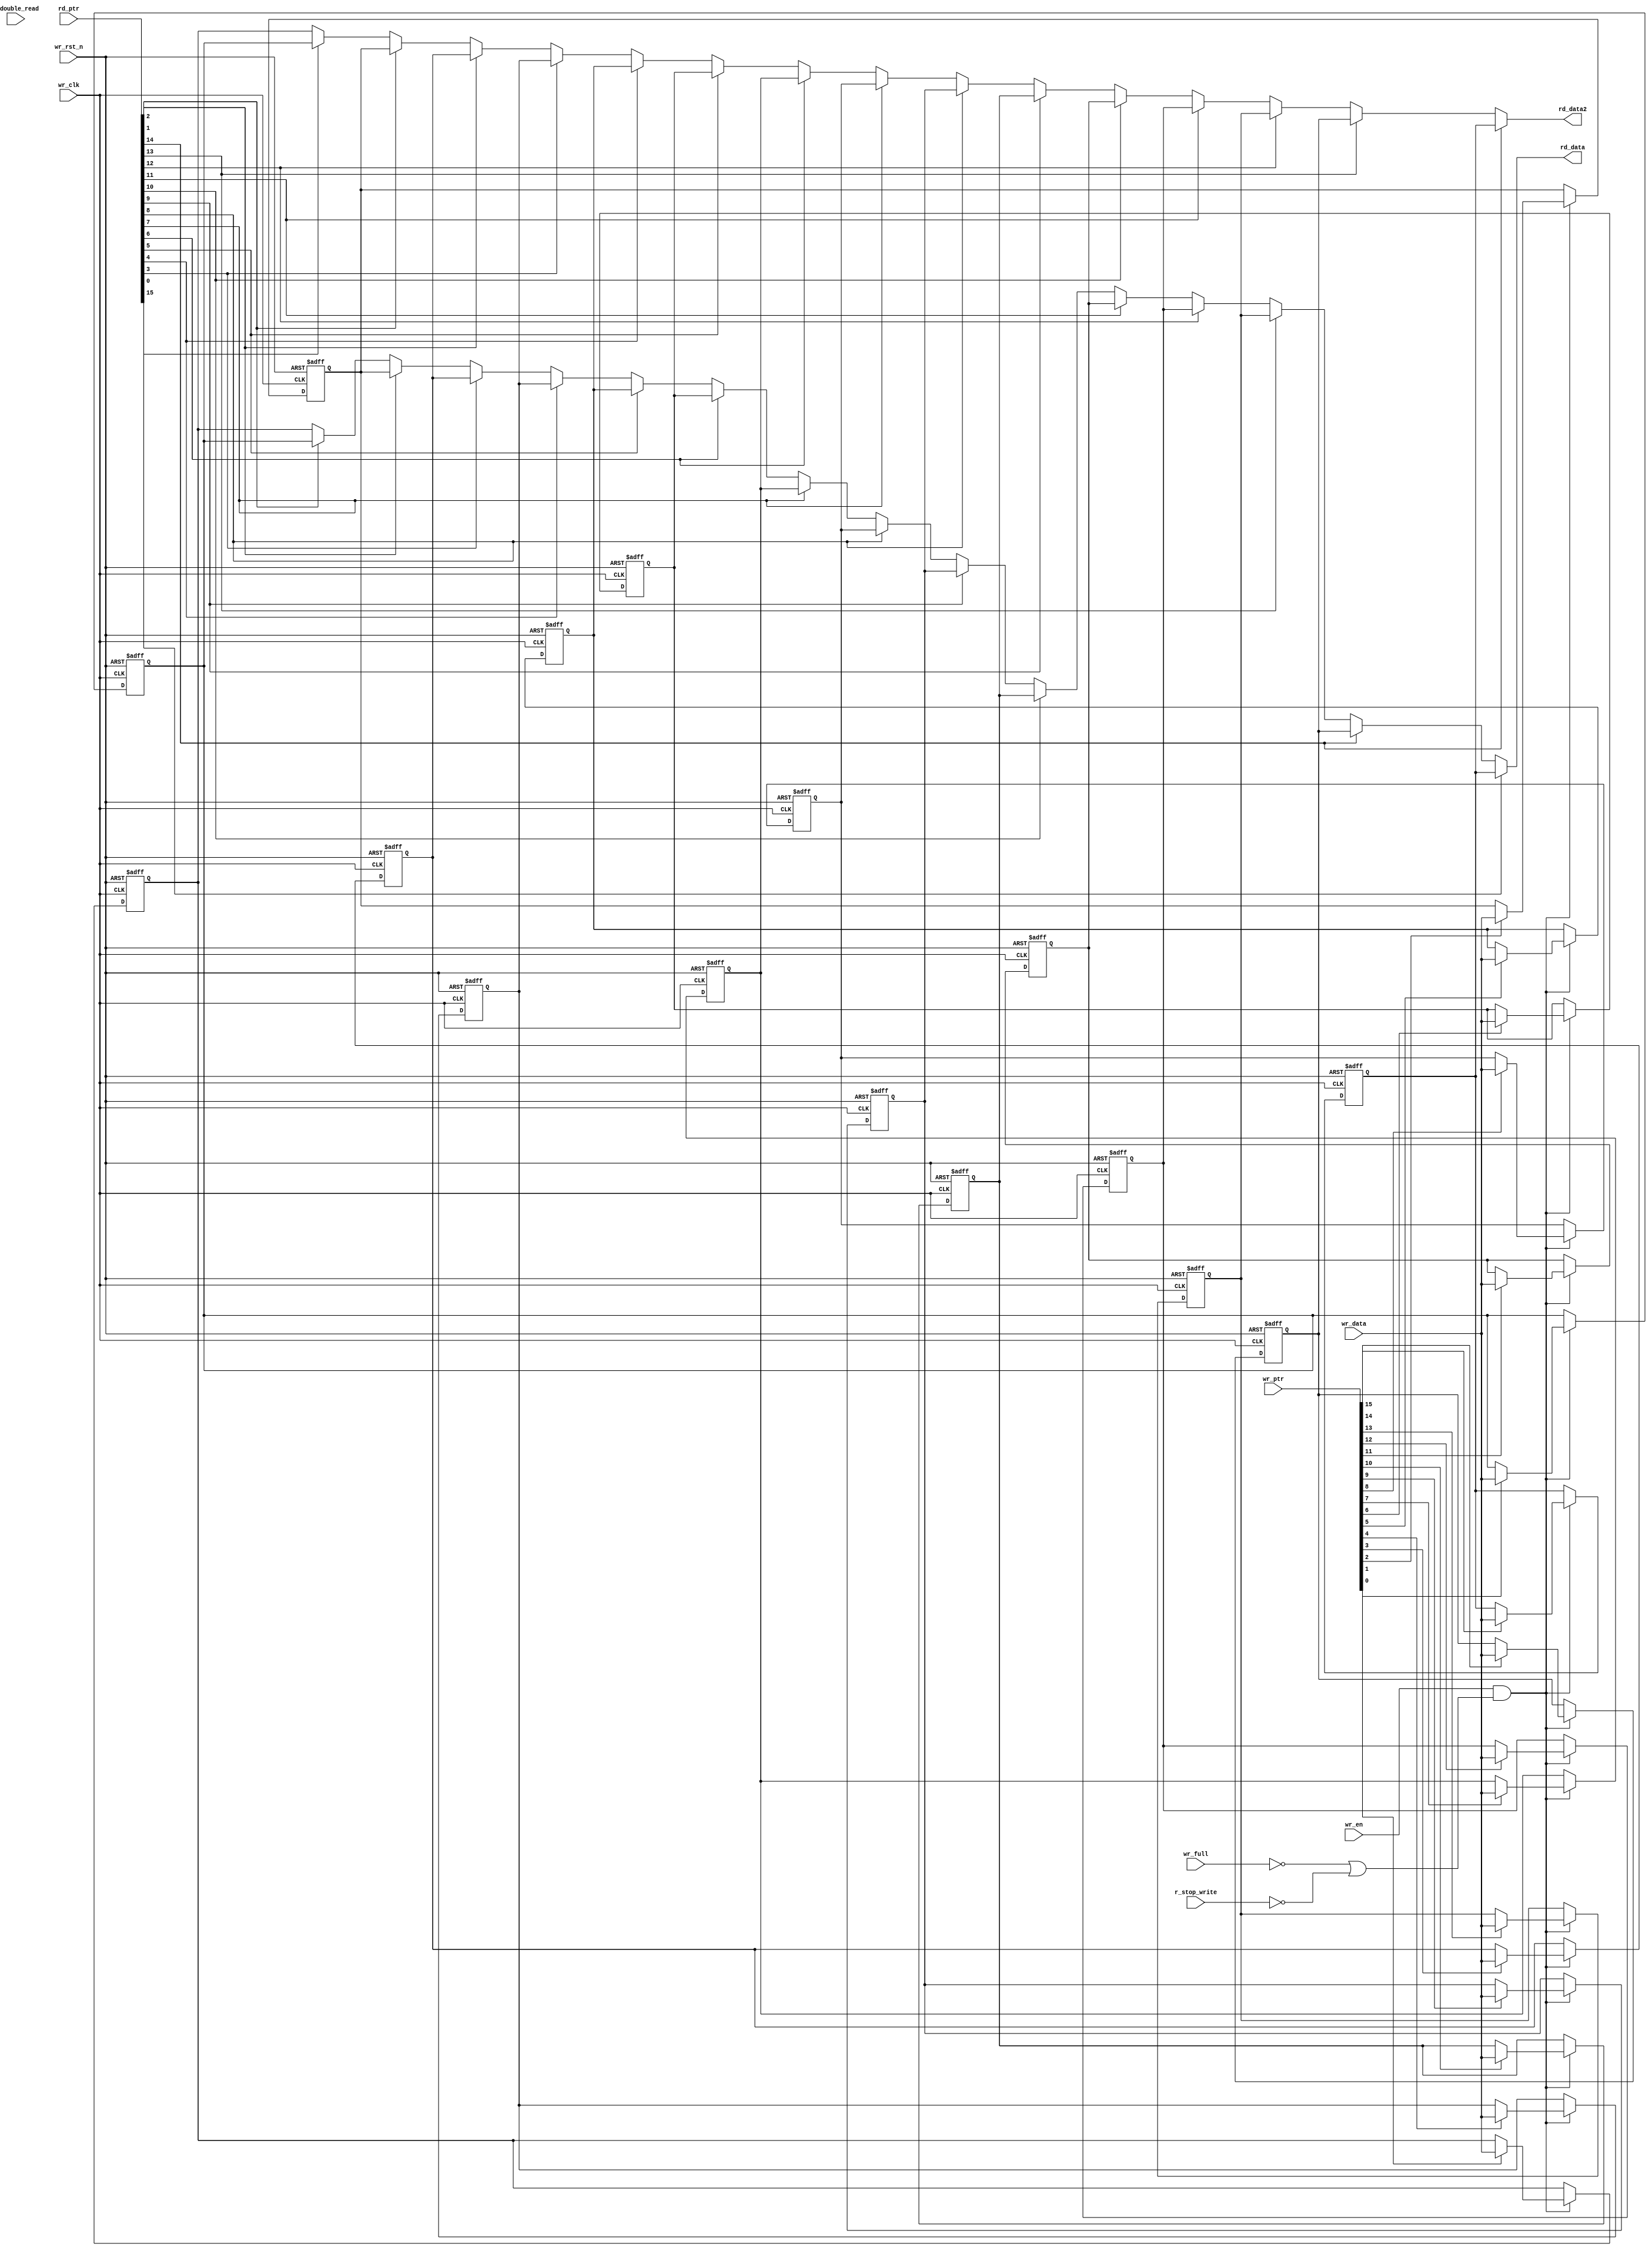
// SPDX-License-Identifier: Apache-2.0
// Copyright (C) 2019 Intel Corporation. All rights reserved
module c3aibadapt_txdp_fifo_ram
  #(
    parameter DWIDTH = 'd40,             // FIFO Input data width 
    parameter DEPTH  = 'd16              // FIFO Depth 
    )
(
    input  wire              r_double_read,	// Read from 2 consecutive locations
    input  wire		     r_stop_write, // Disable/enable writing when FIFO is full    
    input  wire              wr_clk,     // Write Domain Clock
    input  wire		     wr_rst_n,   // Write Domain Reset 
    input  wire		     wr_full,
    input  wire              wr_en,      // Write Data Enable
    input  wire [DEPTH-1:0] wr_ptr,     // Write Pointer
    input  wire [DWIDTH-1:0] wr_data,    // Write Data In
    input  wire [DEPTH-1:0] rd_ptr,     // Read Pointer
    output reg  [DWIDTH-1:0] rd_data,   // Read Data
    output reg  [DWIDTH-1:0] rd_data2    // Read Data

);

   //********************************************************************
   // Infer Memory or use Dual Port Memory from Quartus/ASIC Memory
   //********************************************************************

   wire 	[DEPTH-1:0]	rd_ptr2;   
   integer		m;
   integer		i, j;
//   reg [DWIDTH-1:0]          fifo_mem [((1<<AWIDTH)-1):0];
   reg [DWIDTH-1:0]          fifo_mem [DEPTH-1:0];
   
   always @(negedge wr_rst_n or posedge wr_clk) begin
      if (~wr_rst_n) begin
         for (m='d0; m<=(DEPTH-1'b1); m=m+1'b1)
            fifo_mem[m] <= 'd0;	
      end 
      else if (wr_en &&  (~wr_full||~r_stop_write)) begin
         for (m='d0; m<=(DEPTH-1'b1); m=m+1'b1) begin
           if (wr_ptr[m]) begin
             fifo_mem[m] <= wr_data;
             end  
         end   
      end
   end

   assign rd_ptr2 = {rd_ptr[DEPTH-2:0], rd_ptr[DEPTH-1]};   
   
   always @ *
   begin: data_out 
     rd_data = fifo_mem[0];
     for (i='d0; i<=(DEPTH-1'b1); i=i+1'b1) begin
       if (rd_ptr[i]) begin
         rd_data = fifo_mem[i];
       end       
     end   
      end 
      
      always @ *
      begin: data_out2 
        rd_data2 = fifo_mem[0];
     for (j='d0; j<=(DEPTH-1'b1); j=j+1'b1) begin
          if (rd_ptr2[j]) begin
            rd_data2 = fifo_mem[j];
       end       
     end   
   end 
   
endmodule